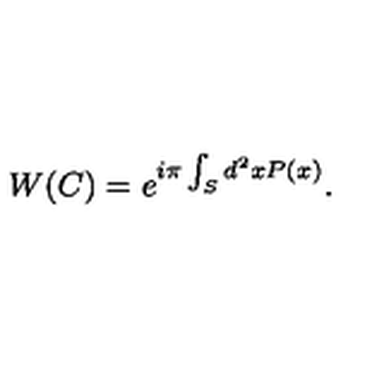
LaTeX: W ( C ) = e ^ { i \pi \int _ { S } d ^ { 2 } x P ( x ) } .